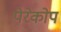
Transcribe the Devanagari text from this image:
पेरेकोप